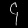
Digit: ၄